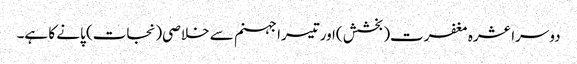
دوسرا عشرہ مغفرت( بخشش )اورتیسرا جہنم سے خلاصی(نجات) پانے کا ہے۔